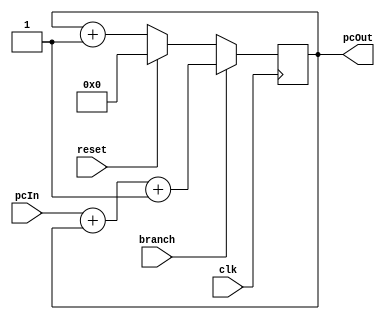
module program_counter
(
    input clk, 
    input reset, 
    input branch,                                               // used for branching
    input [31:0] pcIn,                                          // pc input also used for determining branch target
    output reg [31:0] pcOut                                     // curent value of the pc
);
    always @(posedge clk ) begin
        if (reset==1)                                           // if the reset bit is flipped then set the pc to 0
                pcOut<=32'b0;
        else
            if (branch==0) begin                                // if not branching then simply increment the counter.
                pcOut<=pcOut+1;
            end
            if (branch==1) begin
                pcOut<=pcIn+pcOut+1;    
        end
    end
endmodule